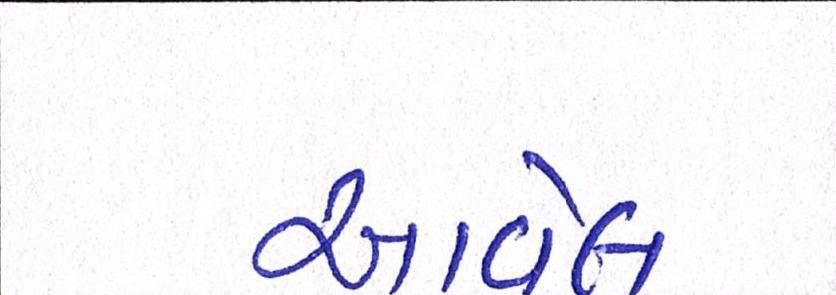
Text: આવેલ